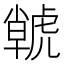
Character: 𮓫